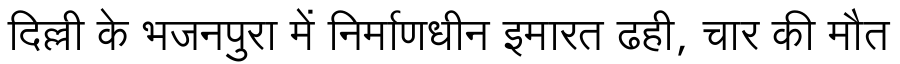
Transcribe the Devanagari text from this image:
दिल्ली के भजनपुरा में निर्माणधीन इमारत ढही, चार की मौत